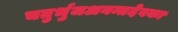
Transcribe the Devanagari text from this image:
चतुर्भुजअनन्तदेवका